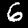
Digit: 6